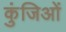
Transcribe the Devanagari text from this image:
कुंजिओं